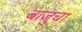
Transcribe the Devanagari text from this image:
बाजुचा